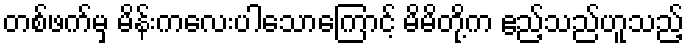
တစ်ဖက်မှ မိန်းကလေးပါသောကြောင့် မိမိတို့က ဧည့်သည်ဟူသည့်